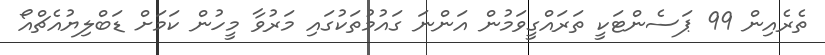
ތެރެއިން 99 ޕަސެންޓަކީ ތަރައްގީވަމުން އަންނަ ގައުމުތަކުގައި މަރުވާ މީހުން ކަމަށް ޑަބްލިޔުއެޗްއޯ